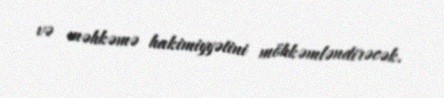
və məhkəmə hakimiyyətini möhkəmləndirəcək.